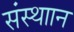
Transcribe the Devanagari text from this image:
संस्थाान